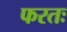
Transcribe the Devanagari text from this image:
फरतः